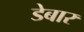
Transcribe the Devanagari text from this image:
डेबार